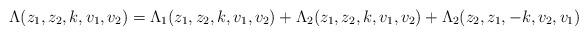
LaTeX: \begin{align*}\Lambda(z_1,z_2,k,v_1,v_2) & =\Lambda_1(z_1,z_2,k,v_1,v_2)+\Lambda_2(z_1,z_2,k,v_1,v_2)+\Lambda_2(z_2,z_1,-k,v_2,v_1)\end{align*}